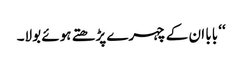
‘‘ بابا ان کے چہرے پڑھتے ہوئے بولا۔